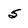
Character: 5